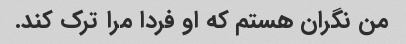
من نگران هستم که او فردا مرا ترک کند.